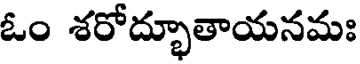
ఓం శరోద్భూతాయనమః